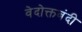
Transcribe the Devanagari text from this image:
वेदोक्तबंदी